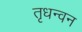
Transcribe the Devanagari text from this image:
तृधन्वन